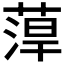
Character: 𱾈